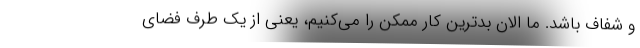
و شفاف باشد. ما الان بدترین کار ممکن را می‌کنیم، یعنی از یک طرف فضای